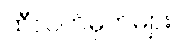
ထီလက်မှတ်များ